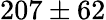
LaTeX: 207\pm 62